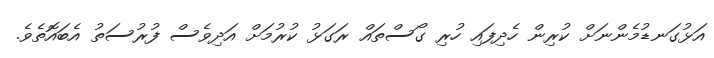
އަޅުގަނޑުމެންނަށް ކުރިން ހެދިފައި ހުރި ގޯސްތައް ރަގަޅު ކުރުމަށް އަދިވެސް ފުރުސަތު އެބައޮތެވެ.